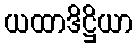
ယထာဒိဋ္ဌိယာ